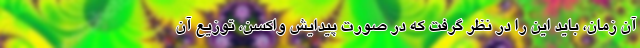
آن زمان، باید این را در نظر گرفت که در صورت پیدایش واکسن، توزیع آن